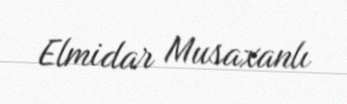
Elmidar Musaxanlı